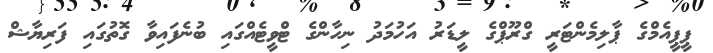
ޕީޕީއެމްގެ ޕާލިމެންޓަރީ ގްރޫޕްގެ ލީޑަރު އަހުމަދު ނިހާންގެ ޓްވީޓެއްގައި ބުނެފައިވާ ގޮތުގައި ފަރިޔާޝް